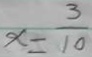
x = \frac { 3 } { 1 0 }